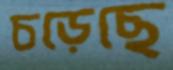
চড়েছে